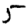
Digit: 5